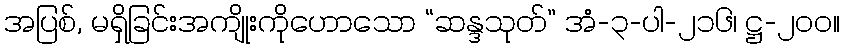
အပြစ်, မရှိခြင်းအကျိုးကိုဟောသော “ဆန္ဒသုတ်” အံ-၃-ပါ-၂၁၆၊ ဋ္ဌ-၂၀၀။